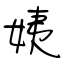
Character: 姨